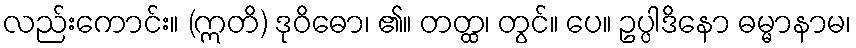
လည်းကောင်း။ (ဣတိ) ဒုဝိဓော၊ ၏။ တတ္ထ၊ တွင်။ ပေ။ ဥပ္ပါဒိနော ဓမ္မာနာမ၊